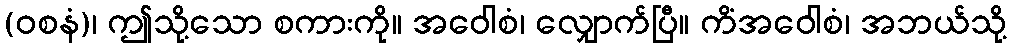
(ဝစနံ)၊ ဤသို့သော စကားကို။ အဝေါစံ၊ လျှောက်ပြီ။ ကိံအဝေါစံ၊ အဘယ်သို့